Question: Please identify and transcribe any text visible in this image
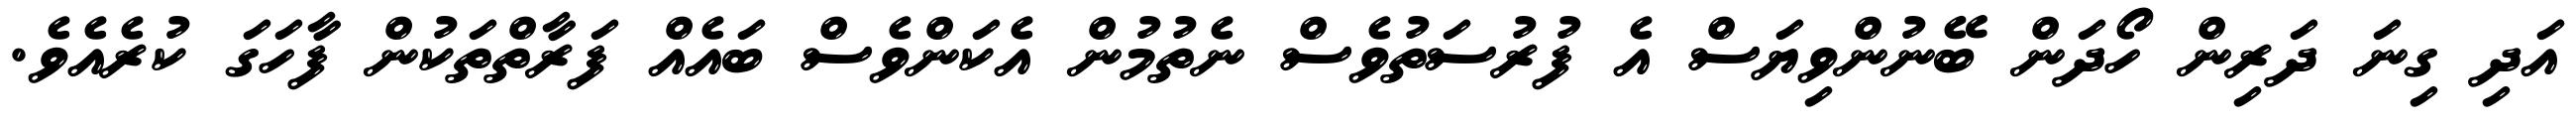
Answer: އަދި ގިނަ ދަރިން ހޯދަން ބޭނުންވިޔަސް އެ ފުރުސަތުވެސް ނެތުމުން އެކަންވެސް ބައެއް ފަރާތްތަކުން ފާހަގަ ކުރެއެވެ.